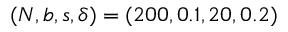
( N , b , s , \delta ) = ( 2 0 0 , 0 . 1 , 2 0 , 0 . 2 )